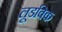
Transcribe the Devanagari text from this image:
लूडविक